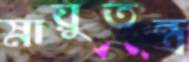
স্নায়ুতন্ত্র